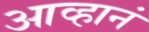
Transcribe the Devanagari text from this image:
आव्हानं